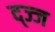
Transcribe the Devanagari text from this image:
द्ज्ज